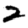
Digit: 2